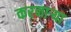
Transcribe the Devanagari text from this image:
करनार्‍या